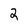
Character: 2